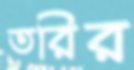
তরির